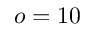
o = 1 0